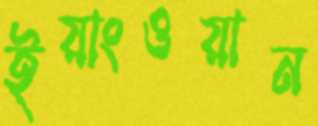
ইয়াংওয়ান